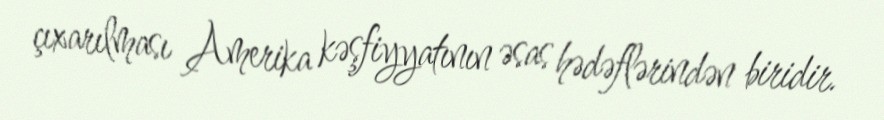
çıxarılması Amerika kəşfiyyatının əsas hədəflərindən biridir.